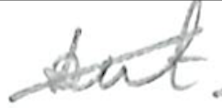
Text: but
Cross-out: diagonal
Writing tool: pencil